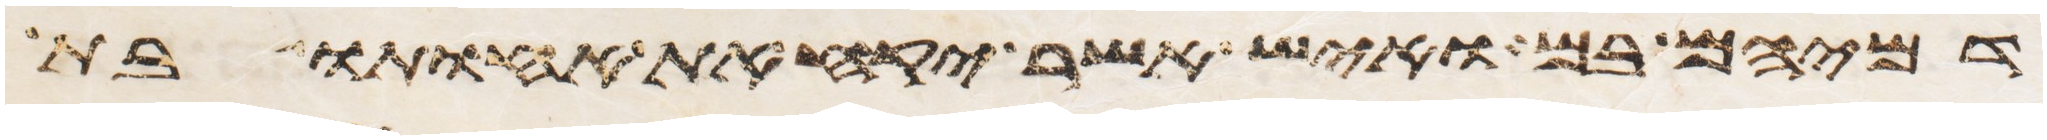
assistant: דמיהם בם ואיש אשר יקח את אחותו בת